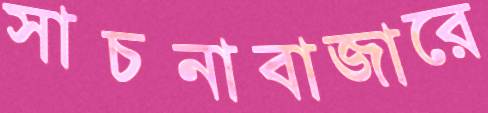
সাচনাবাজারে